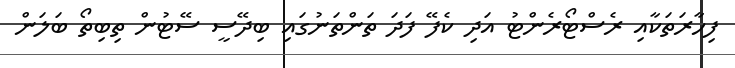
ފިހާރަތަކާއި ރެސްޓޯރެންޓު އަދި ކެފޭ ފަދަ ތަންތަނުގައި ބިދޭސީ ސޭޓުން ތިބިތޯ ބަލަން